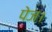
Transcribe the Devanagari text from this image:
पेज।